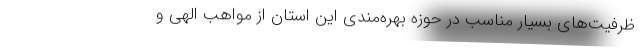
ظرفیت‌های بسیار مناسب در حوزه بهره‌مندی این استان از مواهب الهی و